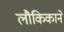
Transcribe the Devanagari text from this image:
लौकिकाने